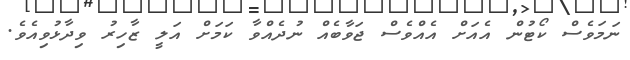
ނަމަވެސް ކޯޓުން އެއަށް އެއްވެސް ޖަވާބެއް ނުދެއްވާ ކަމަށް އަލީ ޒާހިރު ވިދާޅުވިއެވެ.